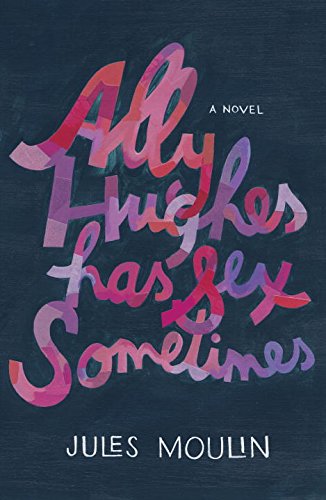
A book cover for Ally Hughes Has Sex Sometimes: A Novel; Jules Moulin; Romance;